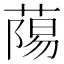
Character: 𮐷